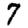
Digit: 7